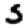
Digit: 5